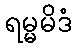
ရမ္မမိဒံ